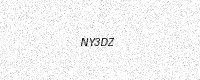
Text: NY3DZ